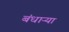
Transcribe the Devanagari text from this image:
बंधाऱ्या